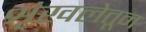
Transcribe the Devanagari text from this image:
शृंखलेतून